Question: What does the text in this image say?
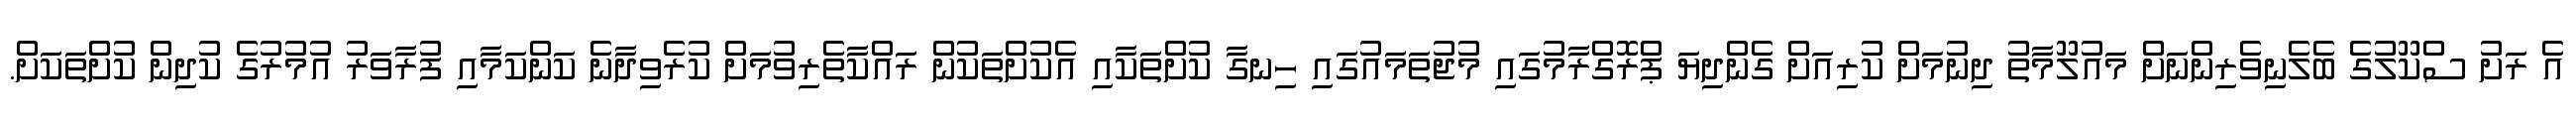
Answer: އެ ރަށު ސްކޫލުގެ ބެލެނިވެރިންނަށް މައުލޫމާތު ދިނުމަށް ކުރިއަށް ގެންދިޔަ ޕްރޮގްރާމުގައި މުޖުތަމައުގައި ހިނގާ ކުށްތަކާއި އެކުށްތަކުން ރައްކާތެރިވުމަށް ކުރެވިދާނެ ކަންކަމާއި ފުރާވަރު އުމުރުގެ ކުދިން ކުށްތަކަށް.